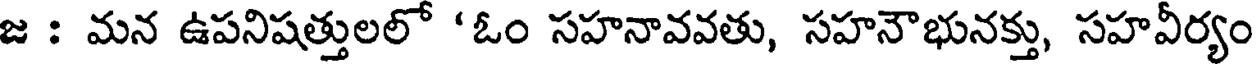
జ : మన ఉపనిషత్తులలో 'ఓం సహనావవతు, సహనౌభునక్తు, సహవీర్యం